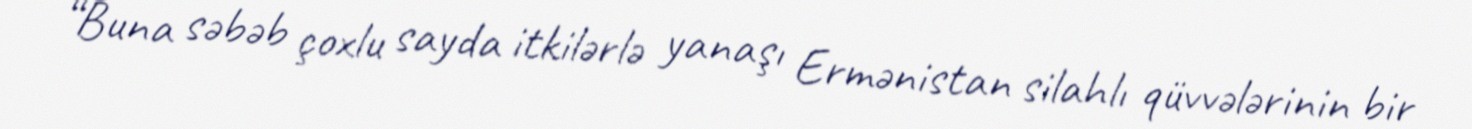
“Buna səbəb çoxlu sayda itkilərlə yanaşı Ermənistan silahlı qüvvələrinin bir